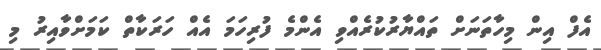
އެފް އިން މިހާތަނަށް ތައްޔާރުކުރެއްވި އެންމެ ފުރިހަމަ އެއް ހަރަކާތް ކަމަށްވާއިރު މި